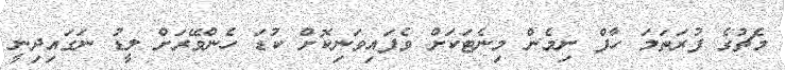
މެޗުގެ ފުރަތަމަ ހާފް ނިމެން މިނެޓަކަށް ވެފައިވަނިކޮށް ކުޑަ ހެންވޭރަށް ލީޑު ނަގައިދިނީ